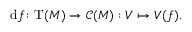
\mathrm { d } f \colon \mathrm { T } ( M ) \to { \mathcal { C } } ( M ) : V \mapsto V ( f ) .